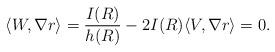
LaTeX: \begin{align*}\left \langle W, \nabla r\right \rangle = \frac{I(R)}{h(R)}- 2I(R) \langle V, \nabla r\rangle = 0.\end{align*}